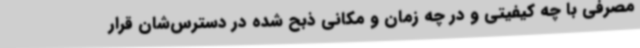
مصرفی با چه کیفیتی و در چه زمان و مکانی ذبح شده در دسترس‌شان قرار